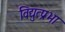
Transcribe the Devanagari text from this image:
विद्युत्प्रभा